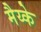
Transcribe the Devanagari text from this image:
मैय्के